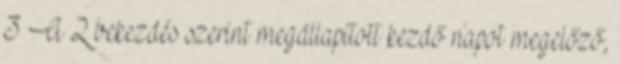
3 A 2 bekezdés szerint megállapított kezdő napot megelőző,